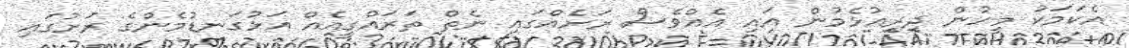
އެކަމަކު މީހުން ދިރިއުޅެމުން އައި އެއްވެސް ރަށެއްގައި ނެތް ތަރައްގީއެއް އަޅުގަނޑުމެންގެ ރަށުގައި